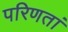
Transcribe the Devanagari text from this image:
परिणतां